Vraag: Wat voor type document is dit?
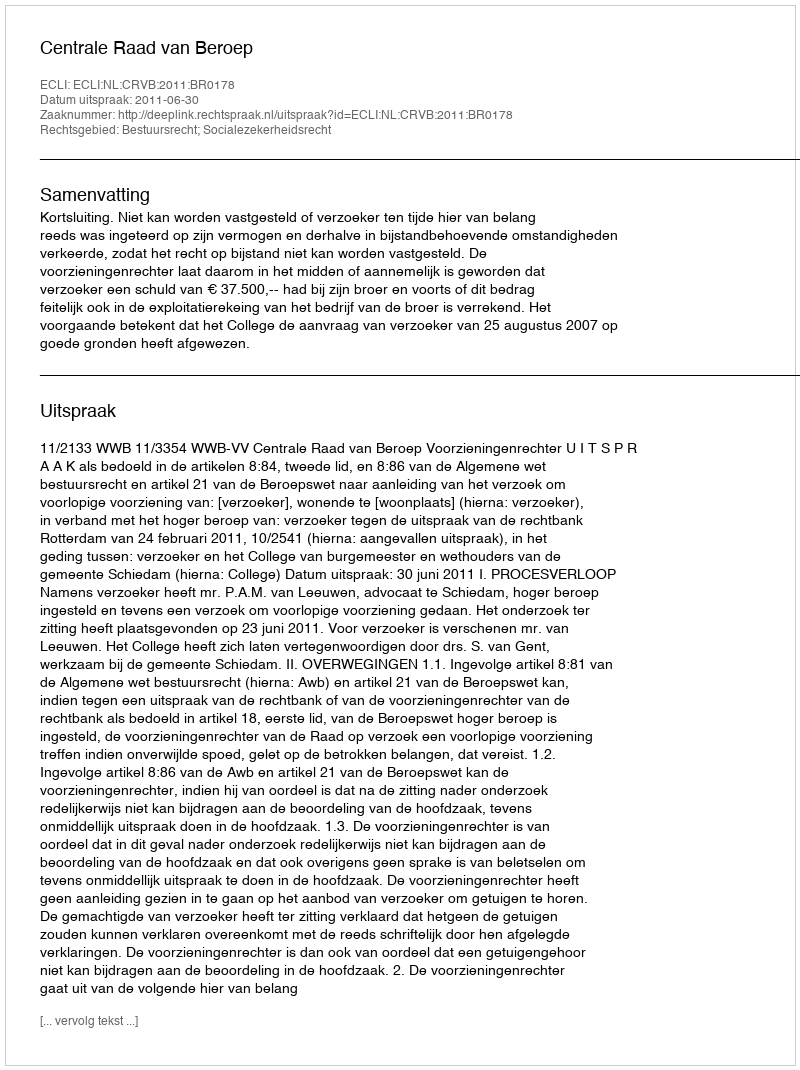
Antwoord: Uitspraak